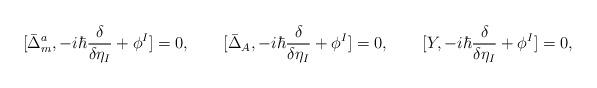
LaTeX: \begin{align*}[ \bar{\Delta}_m^a, - i \hbar \frac{\delta}{\delta \eta_I} + \phi^I ] = 0,\qquad[ \bar{\Delta}_A, - i \hbar \frac{\delta}{\delta \eta_I} + \phi^I ] = 0,\qquad[ Y, - i \hbar \frac{\delta}{\delta \eta_I} + \phi^I ] = 0,\end{align*}